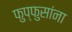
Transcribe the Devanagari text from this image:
फुप्फुसांना